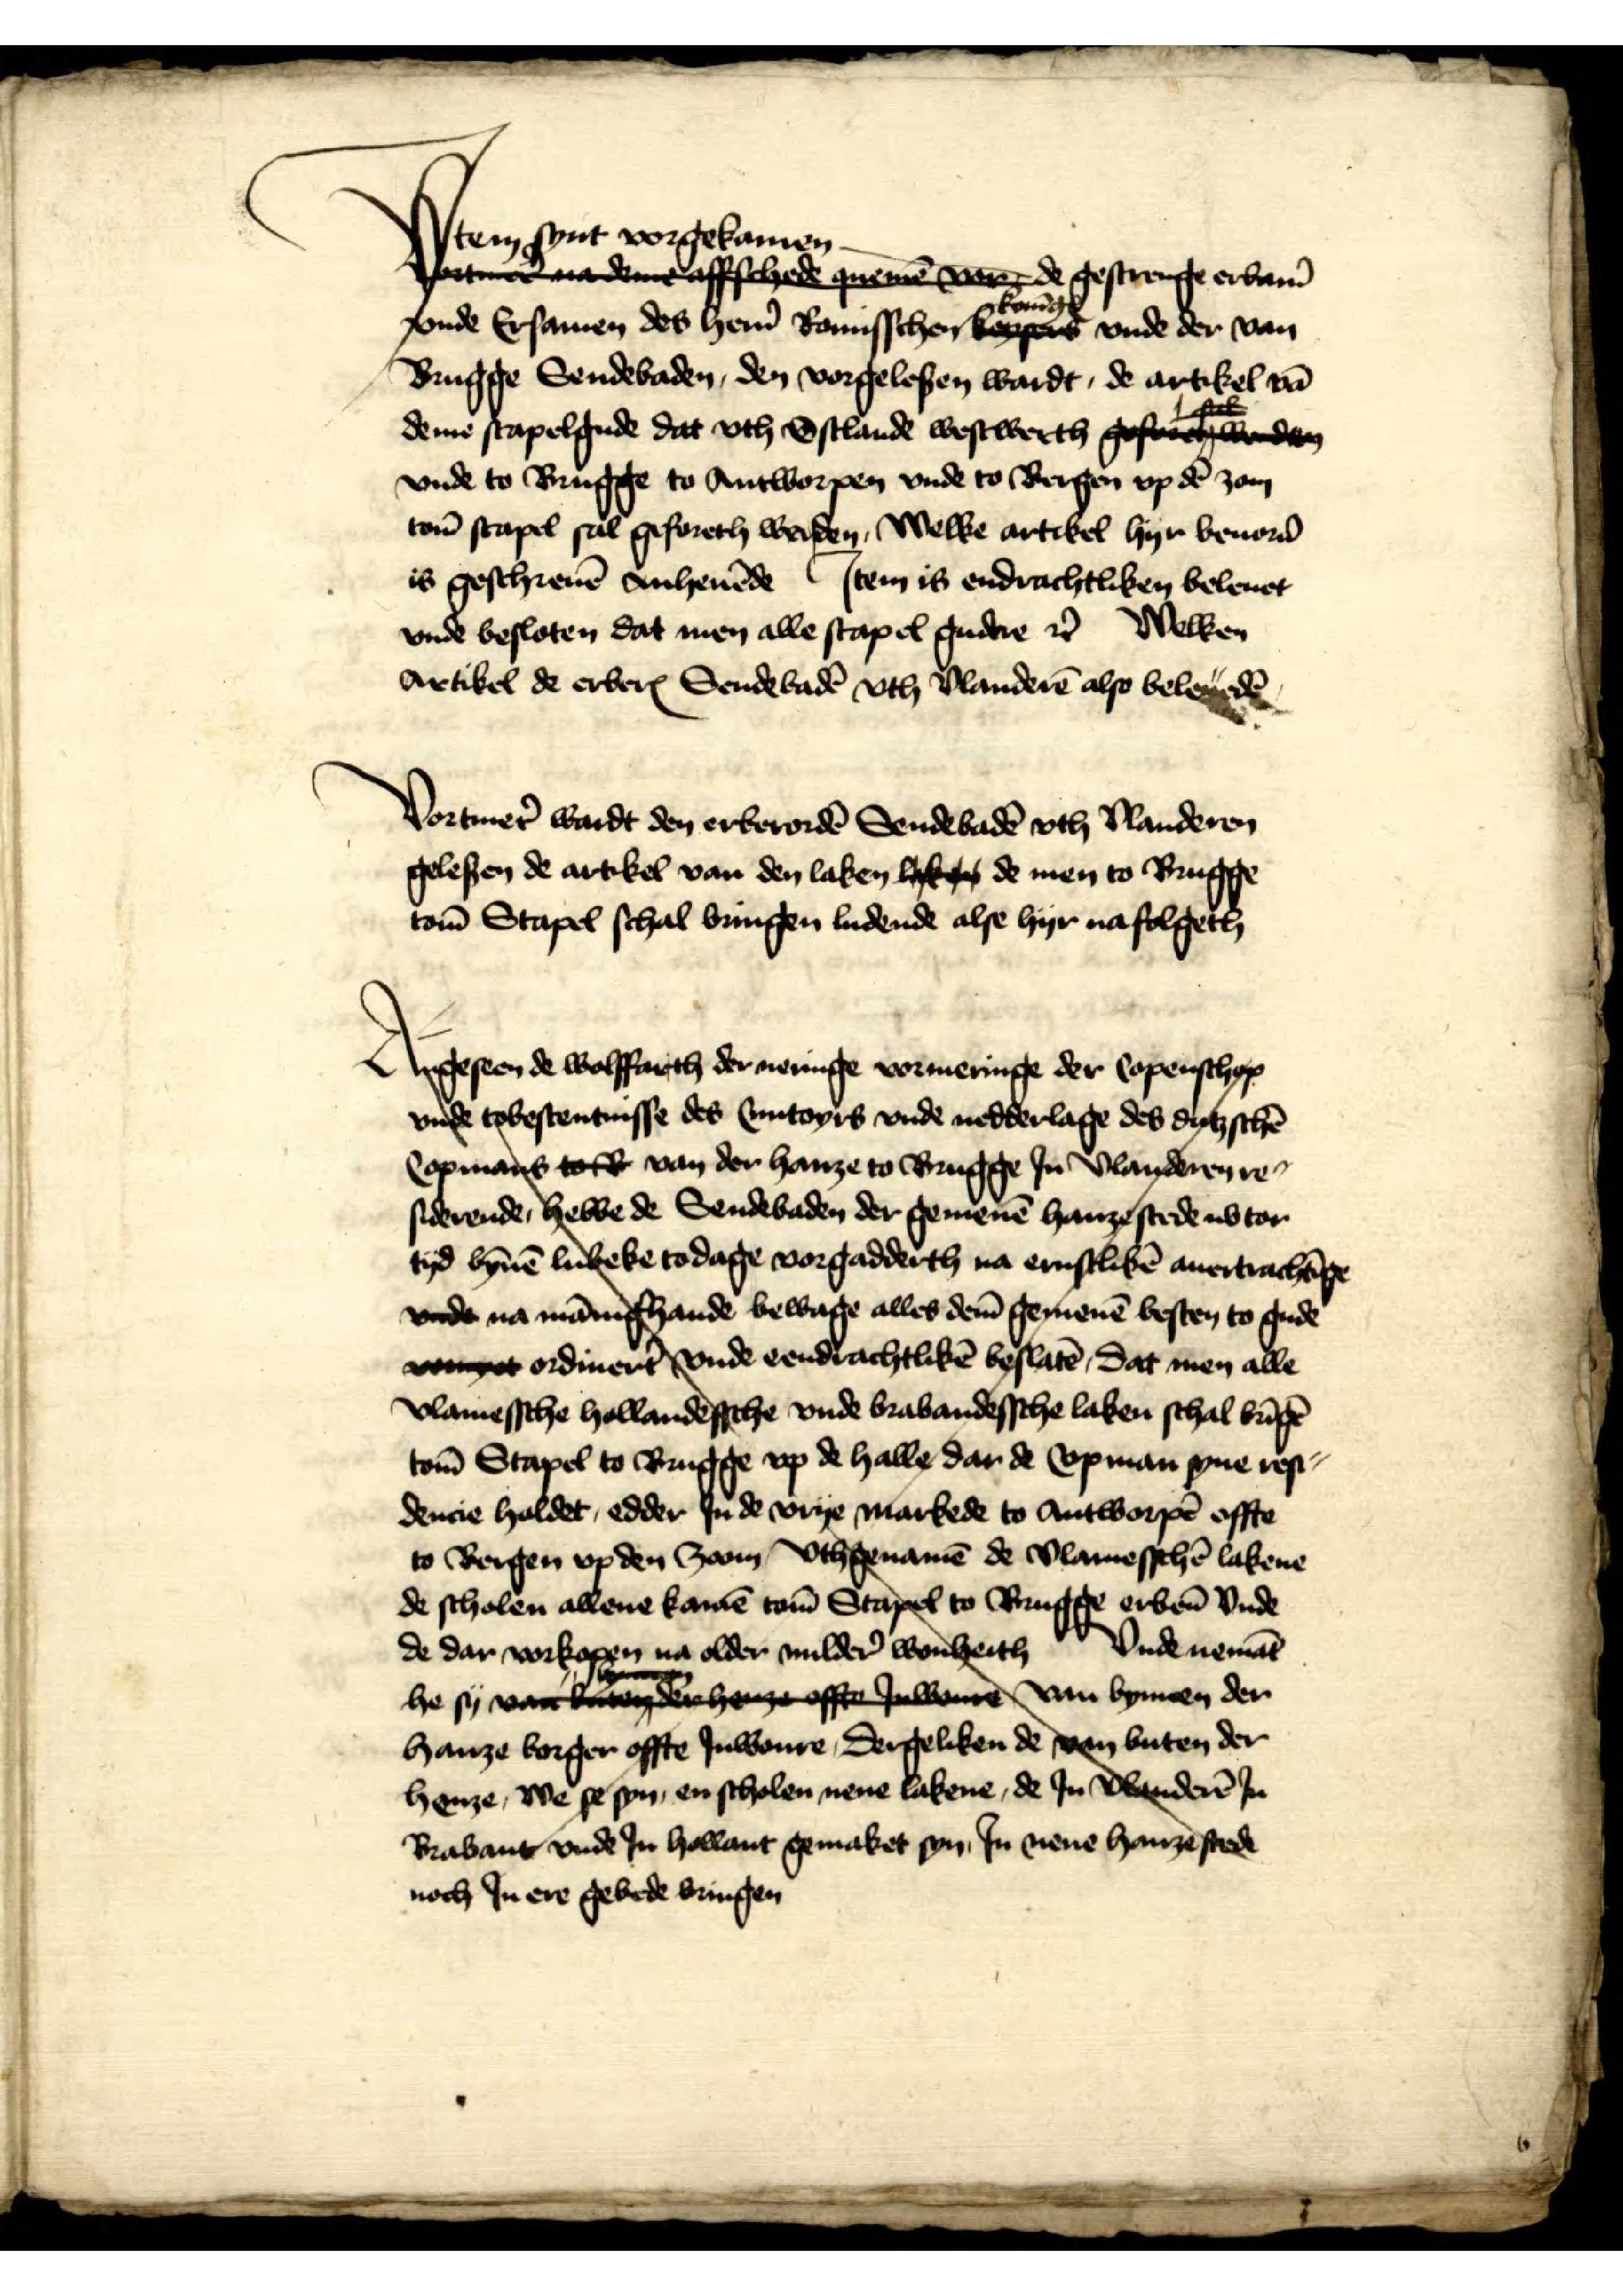
Jtem synt vorgekamen de gestrenge erbarē
vnde Ersamen des her̉n Romisschen konīgꝬ vnde der van
Brugge Sendebaden, den vorgelesen wardt, de artikel vā
deme stapelgude dat vth Ostlande westwerth gefandnden
vnde to Brugge to Antworpen vnde to Bergen vp dē zom
tom̄ stapel sal geforeth werden, Welke artikel hyr beuor̉n
is geschreuē anheuēde Jtem is endrachtliken beleuet
vnde besloten dat men alle stapel gudere et̉ Welken
Artikel de erberꝬ Sendebadē vth Vlanderē also beleuedē

Vortmer̉ wardt den erberordē Sendebadē vth Vlanderen
gelesen de artikel van den laken lyk g de men to Brugge
tom̄ Stapel schal bringen ludende alse hyr nafolgeth

Angeseen de wolffarth der neringe vormeringe der Copenschep
vnde tobestentnisse des Cuntoyrs vnde nedderlage des dytzschē 
Copmans to van der hanze to Brugge Jn Vlanderen re
siderende, hebbe de Sendebaden der gemenē hanzestede nb tor 
tyd b Lubeke to dage vorgadderth na ernstlikē auertrachīge 
vnde na m bewage alles dem̄ gemenē besten to gude 
voynt ordinert vnde eendrachtlikē beslatē, dat men alle 
vlamessche hollandessche vnde brabandessche laken schal k 
to Stapel to Brugge vp de halle dar de Copman syne rese 
dencie holdet, edder Jn de vrye markede to Antworpē offte 
to Bergen vp den am vthgenamē de Vlamesschē lakene 
de scholen allene kanaē tom̄ Stapel to Brugge erben̄ vnde 
Vnde nemās 
de dar vorkagen na older mulder̉ wornheith 
he sy van ke hen offt Inwene van bynen der
hanze borger offte Iuwenre, dergeliken de ven buten der
henze, We se syn, en scholen nene lakene, de Jn Vbenderē Jn 
Brabant vnde Jn Hollant gemaket syn Jn mene hanze stede
noch Jn ere gebede bringten